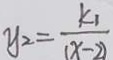
y _ { 2 } = \frac { k _ { 1 } } { ( x - 2 ) }